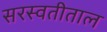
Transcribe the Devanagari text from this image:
सरस्वतीताल